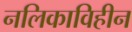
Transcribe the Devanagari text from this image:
नलिकाविहीन